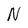
Character: N